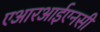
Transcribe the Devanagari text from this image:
एआरआईएनसी